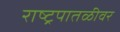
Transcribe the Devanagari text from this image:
राष्ट्रपातळीवर